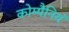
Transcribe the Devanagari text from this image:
कोम्पैनियं